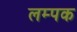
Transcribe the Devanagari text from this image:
लम्पक